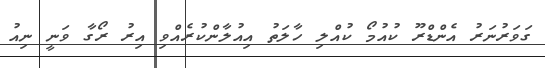
ގަވަރުނަރު އެންޑްރޫ ކުއުމޯ ކުއްލި ހާލަތު އިއުލާންކުރެއްވި އިރު ރޯގާ ވަނީ ނިއު